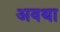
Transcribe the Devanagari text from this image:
अवथा